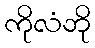
ကိုလံဘို